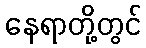
နေရာတို့တွင်